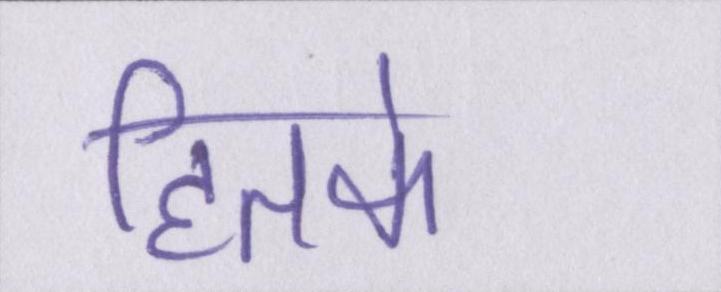
हितके